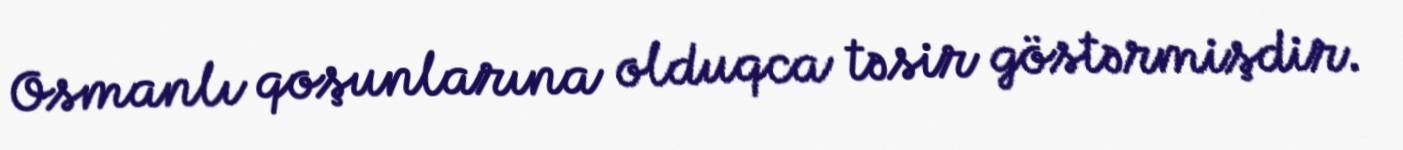
Osmanlı qoşunlarına olduqca təsir göstərmişdir.